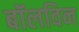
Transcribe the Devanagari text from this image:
बॉलविन